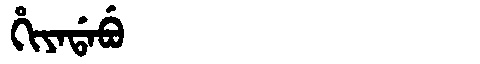
Manchu: ᡥᡳᠶᠠᡩᠠᠪᡠ
Romanization: HIYADABU